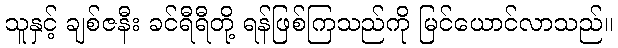
သူနှင့် ချစ်ဇနီး ခင်ရီရီတို့ ရန်ဖြစ်ကြသည်ကို မြင်ယောင်လာသည်။